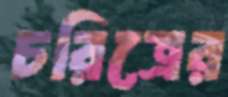
চরিত্রের